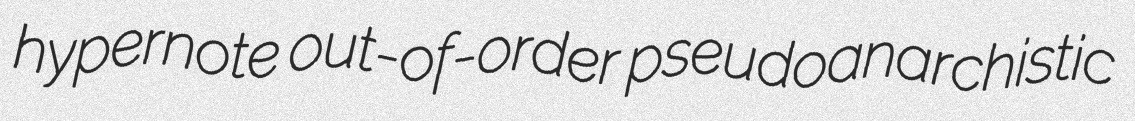
hypernote out-of-order pseudoanarchistic